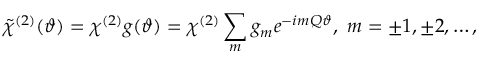
\tilde { \chi } ^ { ( 2 ) } ( \vartheta ) = \chi ^ { ( 2 ) } g ( \vartheta ) = \chi ^ { ( 2 ) } \sum _ { m } g _ { m } e ^ { - i m Q \vartheta } , ~ m = \pm 1 , \pm 2 , \dots ,